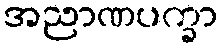
အညာဏပက္ခာ